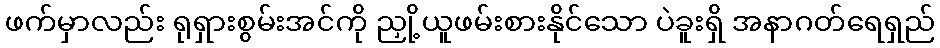
ဖက်မှာလည်း ရုရှားစွမ်းအင်ကို ညှို့ယူဖမ်းစားနိုင်သော ပဲခူးရှိ အနာဂတ်ရေရှည်